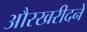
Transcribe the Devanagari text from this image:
औरखरीदने